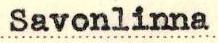
Savonlinna